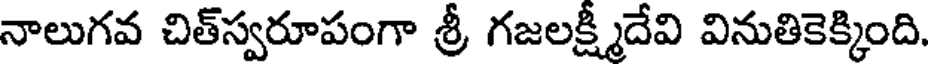
నాలుగవ చిత్స్వరూపంగా శ్రీ గజలక్ష్మీదేవి వినుతికెక్కింది.